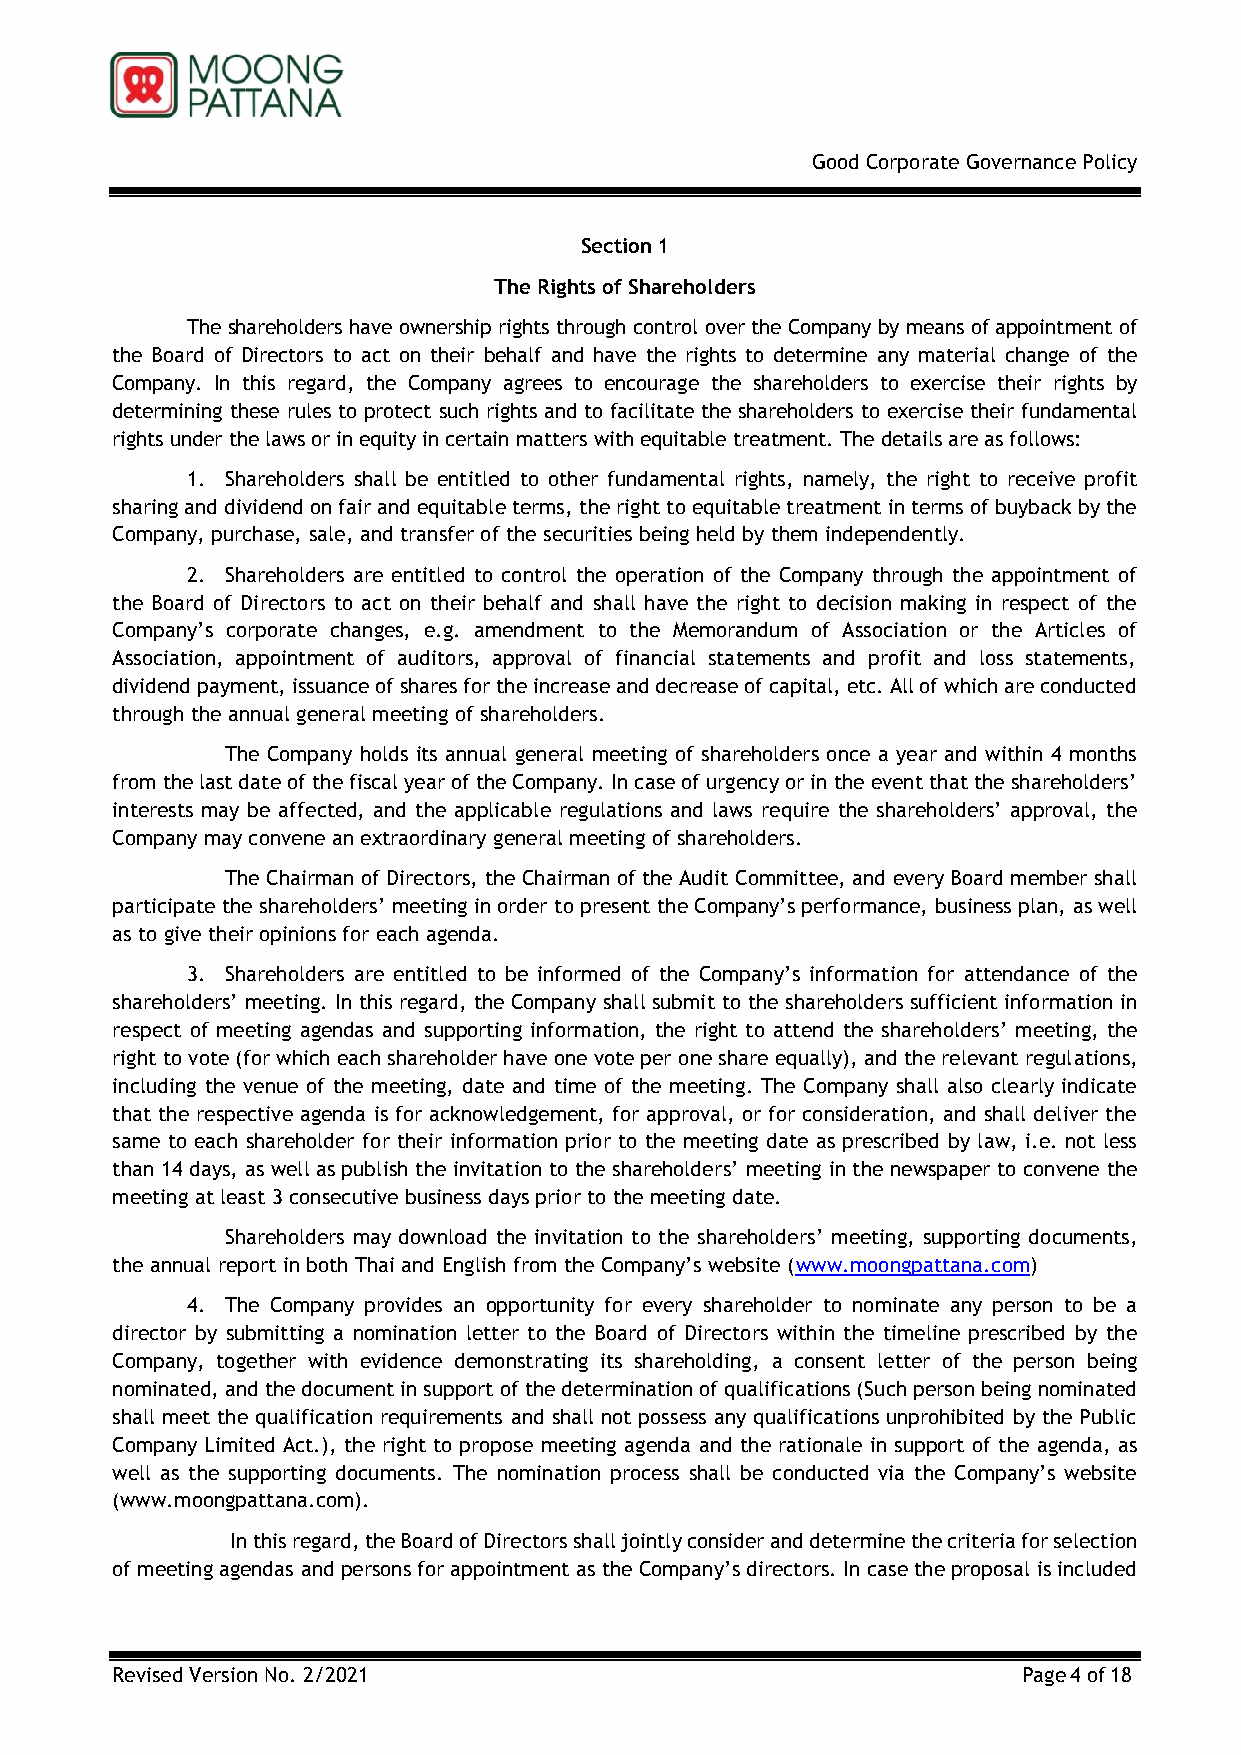
Good Corporate Governance Policy
 Section 1
 The Rights of Shareholders
 The shareholders have ownership rights through control over the Company by means of appointment of
 the Board of Directors to act on their behalf and have the rights to determine any material change of the
 Company. In this regard, the Company agrees to encourage the shareholders to exercise their rights by
 determining these rules to protect such rights and to facilitate the shareholders to exercise their fundamental
 rights under the laws or in equity in certain matters with equitable treatment. The details are as follows:
 1. Shareholders shall be entitled to other fundamental rights, namely, the right to receive profit
 sharing and dividend on fair and equitable terms, the right to equitable treatment in terms of buyback by the
 Company, purchase, sale, and transfer of the securities being held by them independently.
 2. Shareholders are entitled to control the operation of the Company through the appointment of
 the Board of Directors to act on their behalf and shall have the right to decision making in respect of the
 Company’s corporate changes, e.g. amendment to the Memorandum of Association or the Articles of
 Association, appointment of auditors, approval of financial statements and profit and loss statements,
 dividend payment, issuance of shares for the increase and decrease of capital, etc. All of which are conducted
 through the annual general meeting of shareholders.
 The Company holds its annual general meeting of shareholders once a year and within 4 months
 from the last date of the fiscal year of the Company. In case of urgency or in the event that the shareholders’
 interests may be affected, and the applicable regulations and laws require the shareholders’ approval, the
 Company may convene an extraordinary general meeting of shareholders.
 The Chairman of Directors, the Chairman of the Audit Committee, and every Board member shall
 participate the shareholders’ meeting in order to present the Company’s performance, business plan, as well
 as to give their opinions for each agenda.
 3. Shareholders are entitled to be informed of the Company’s information for attendance of the
 shareholders’ meeting. In this regard, the Company shall submit to the shareholders sufficient information in
 respect of meeting agendas and supporting information, the right to attend the shareholders’ meeting, the
 right to vote (for which each shareholder have one vote per one share equally), and the relevant regulations,
 including the venue of the meeting, date and time of the meeting. The Company shall also clearly indicate
 that the respective agenda is for acknowledgement, for approval, or for consideration, and shall deliver the
 same to each shareholder for their information prior to the meeting date as prescribed by law, i.e. not less
 than 14 days, as well as publish the invitation to the shareholders’ meeting in the newspaper to convene the
 meeting at least 3 consecutive business days prior to the meeting date.
 Shareholders may download the invitation to the shareholders’ meeting, supporting documents,
 the annual report in both Thai and English from the Company’s website (www.moongpattana.com)
 4. The Company provides an opportunity for every shareholder to nominate any person to be a
 director by submitting a nomination letter to the Board of Directors within the timeline prescribed by the
 Company, together with evidence demonstrating its shareholding, a consent letter of the person being
 nominated, and the document in support of the determination of qualifications (Such person being nominated
 shall meet the qualification requirements and shall not possess any qualifications unprohibited by the Public
 Company Limited Act.), the right to propose meeting agenda and the rationale in support of the agenda, as
 well as the supporting documents. The nomination process shall be conducted via the Company’s website
 (www.moongpattana.com).
 In this regard, the Board of Directors shall jointly consider and determine the criteria for selection
 of meeting agendas and persons for appointment as the Company’s directors. In case the proposal is included
 Revised Version No. 2/2021                                   Page 4 of 18